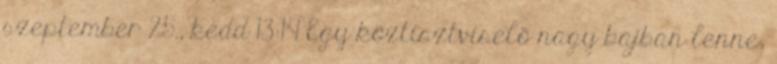
szeptember 25., kedd 13:14 Egy köztisztviselő nagy bajban lenne,